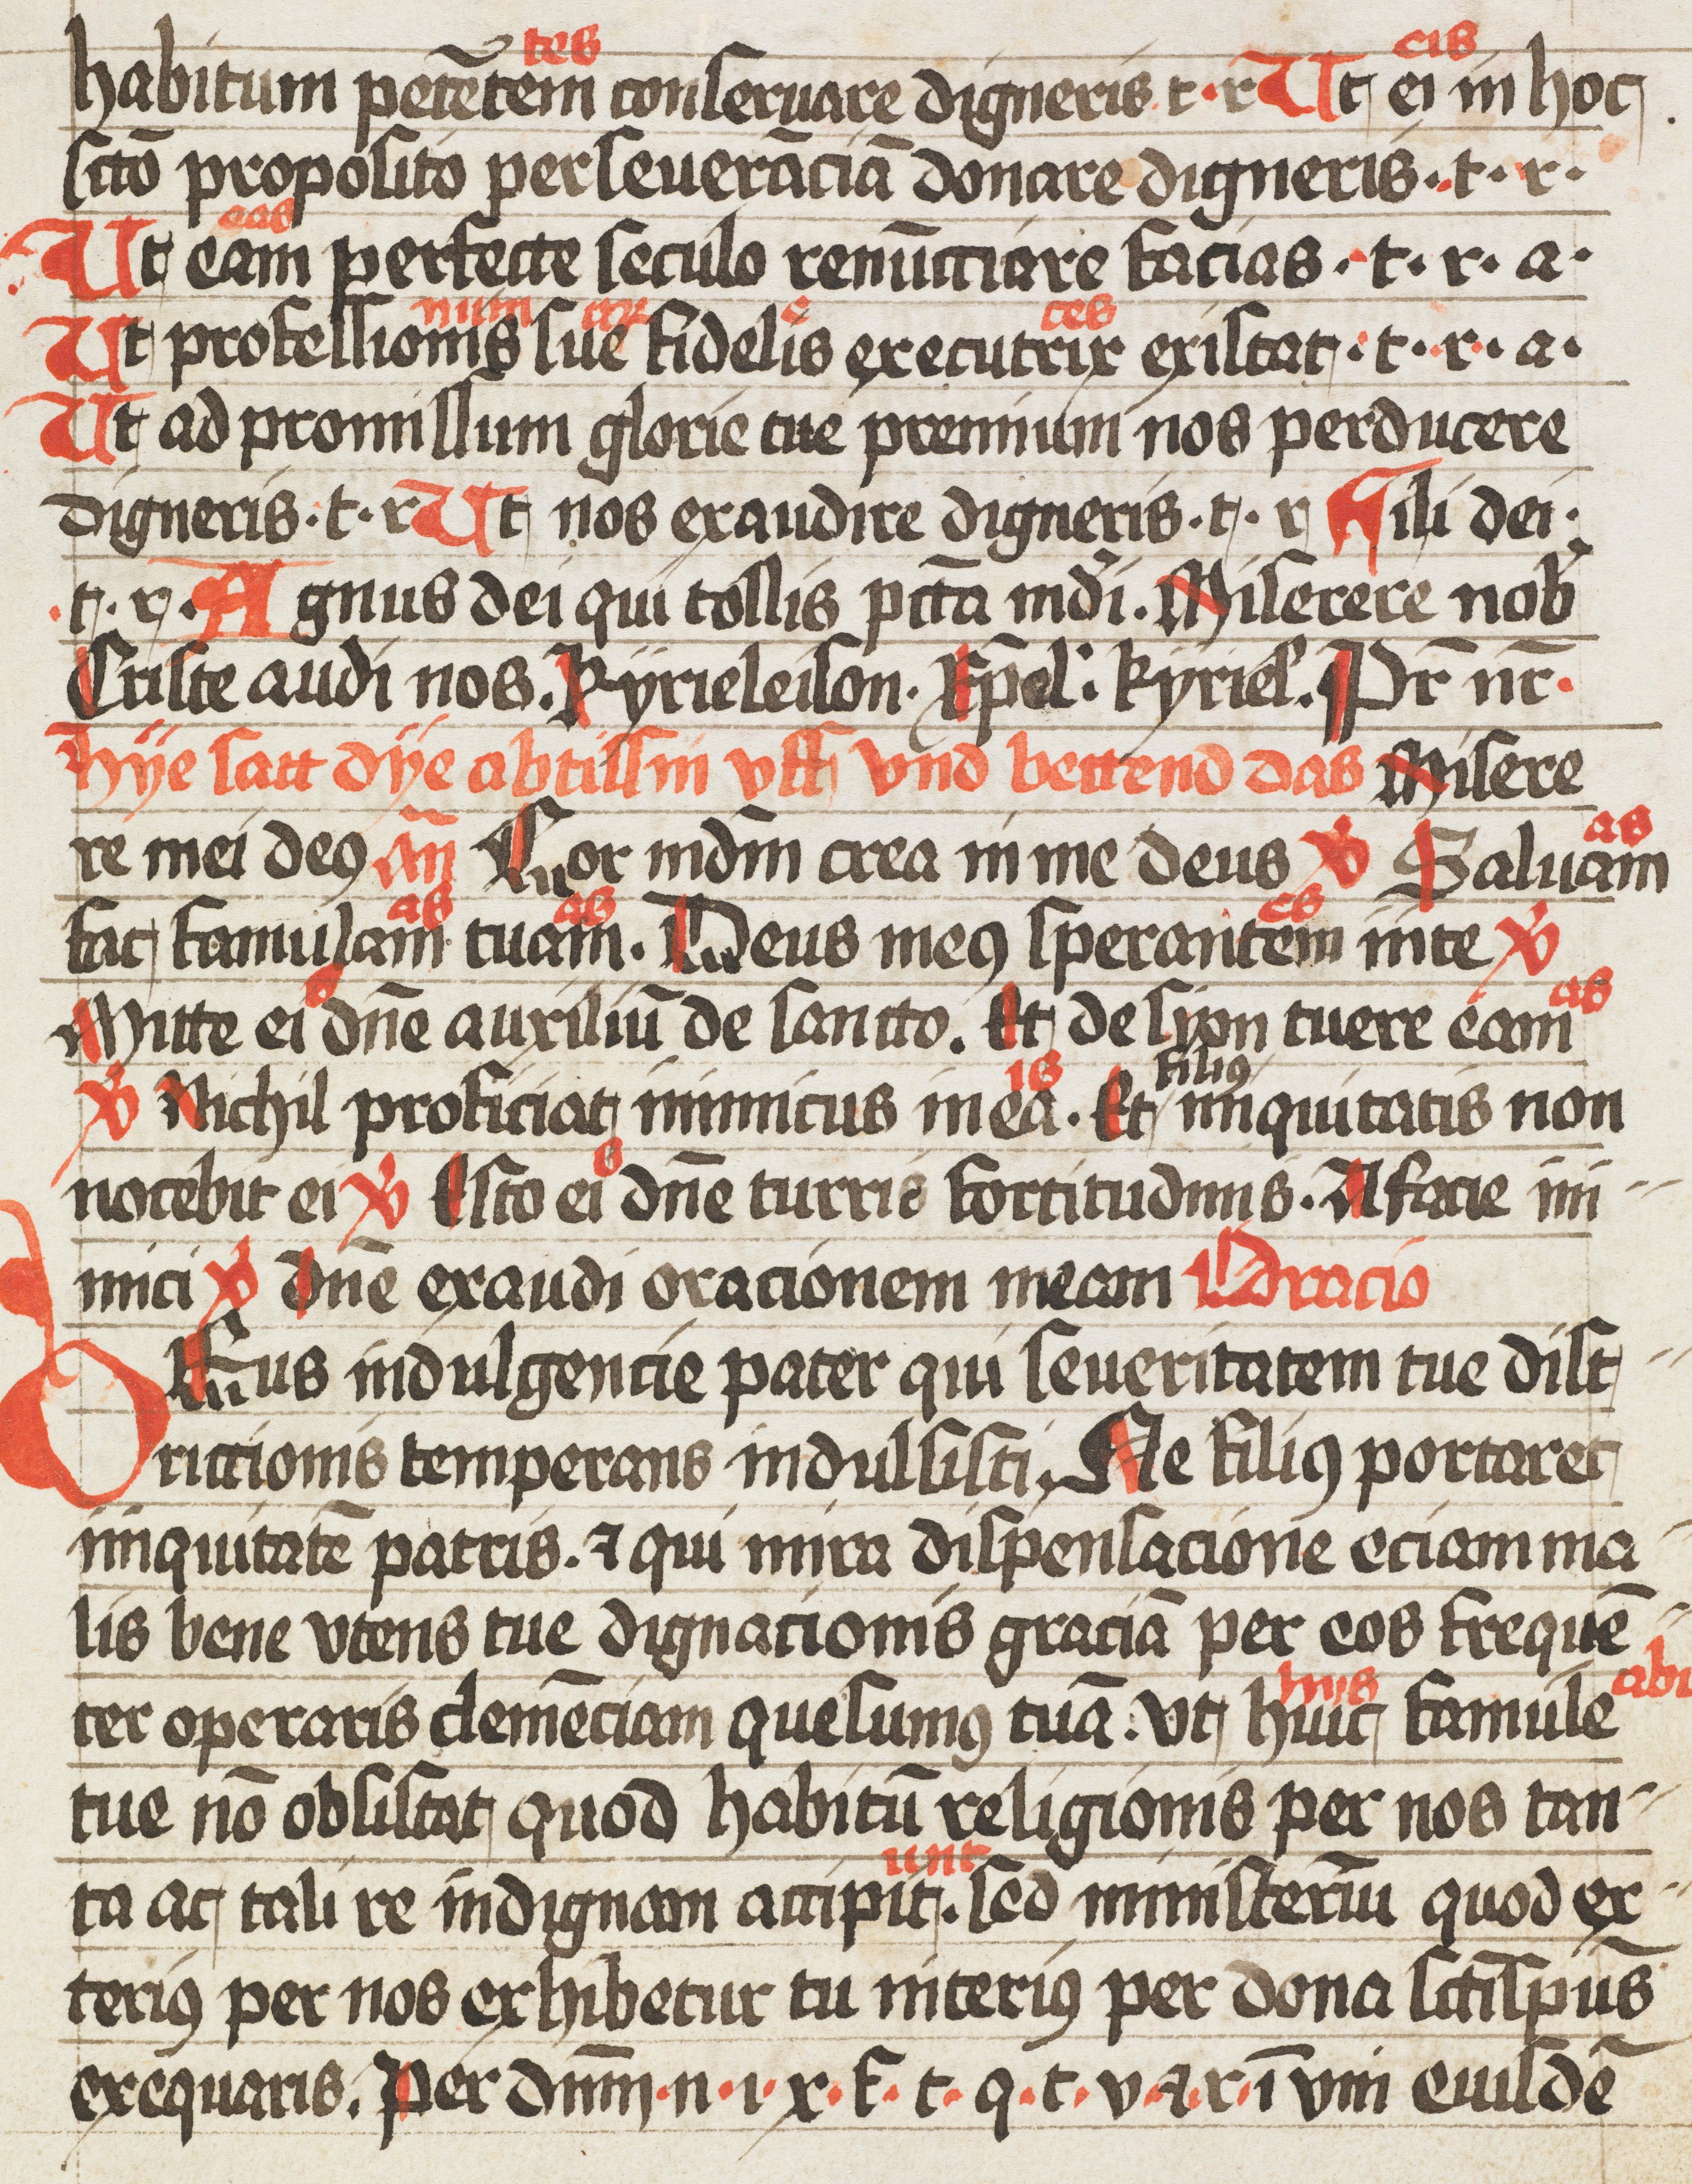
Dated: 1509–1533